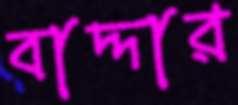
বাদ্দার